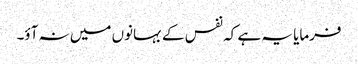
فرمایا یہ ہے کہ نفس کے بہانوں میں نہ آؤ۔